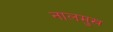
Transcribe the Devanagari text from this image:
नालमुख